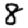
Digit: 8